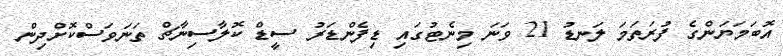
އޮބަމަޔަންގެ ފުރަތަމަ ލަނޑު 21 ވަނަ މިނެޓުގައި ޑިފެންޑަރު ސީޑް ކޮލާސިނާޗް ތަނަވަސްކޮށްދިން